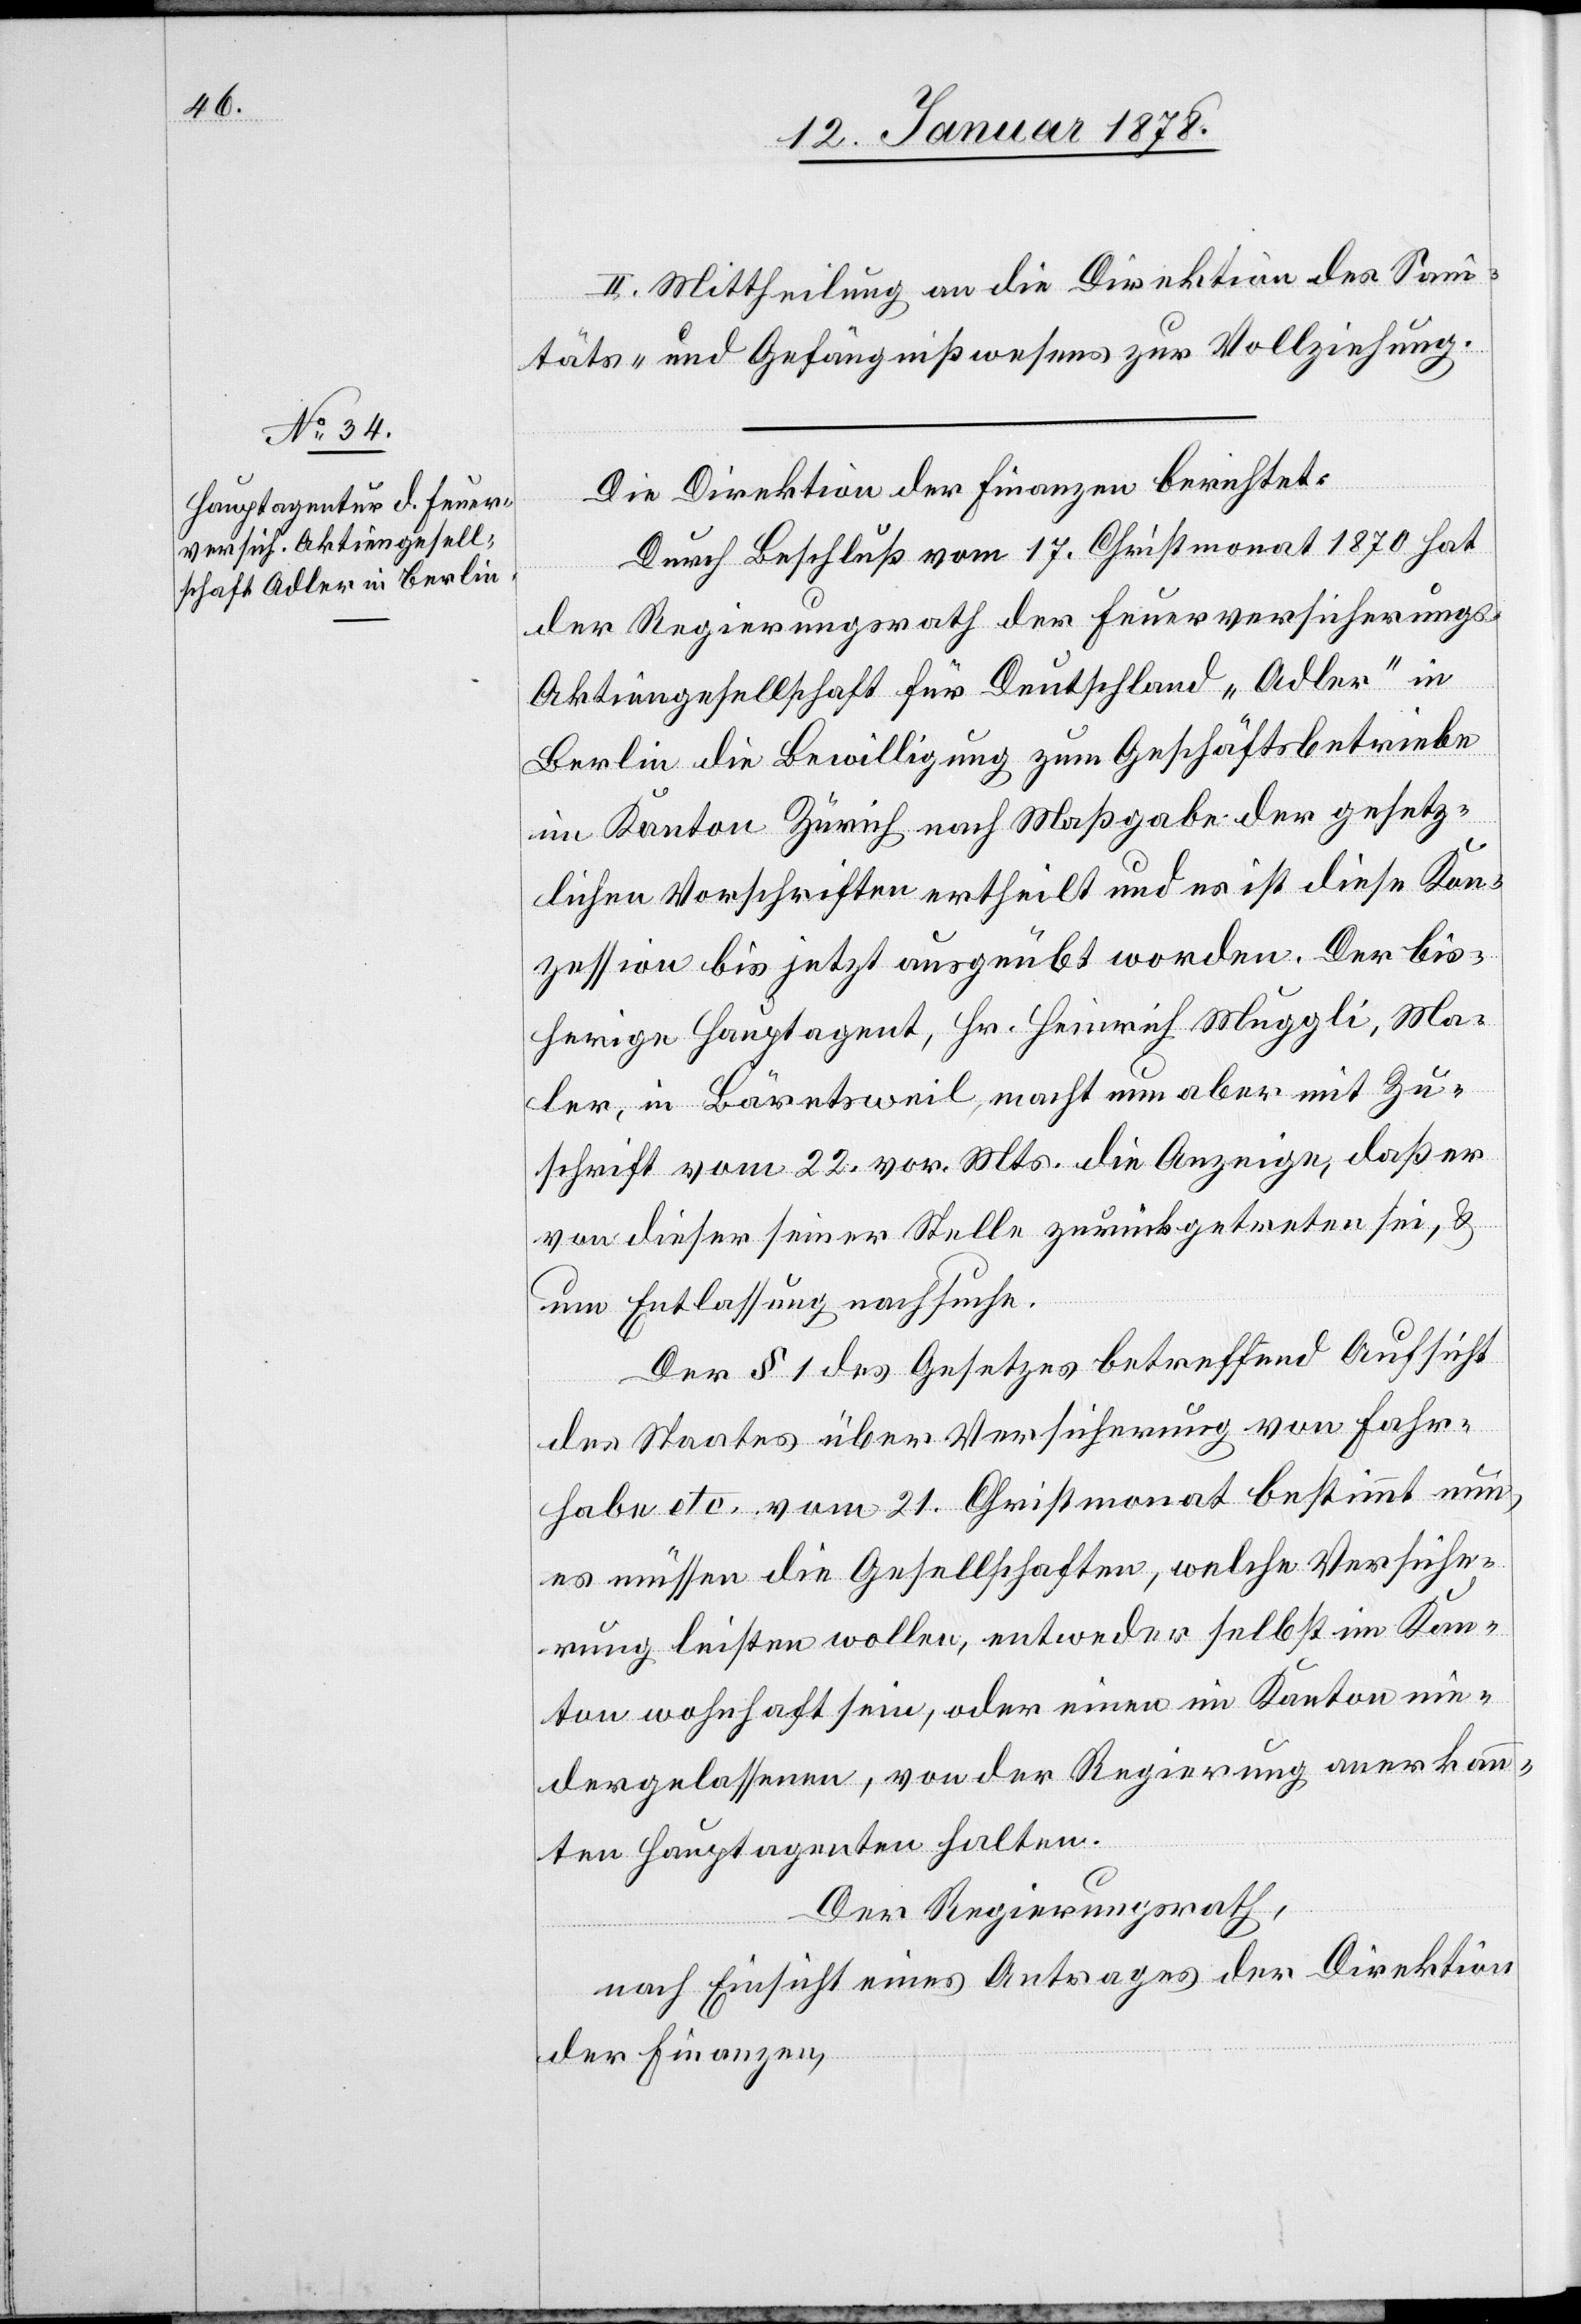
II. Mittheilung an die Direktion des Sani¬
täts- und Gefängnißwesens zur Vollziehung.
Die Direktion der Finanzen berichtet:
Durch Beschluß vom 17. Christmonat 1870 hat
der Regierungsrath der Feuerversicherung¬
s-Aktiengesellschaft für Deutschland „Adler“ in
Berlin die Bewilligung zum Geschäftsbetriebe
im Kanton Zürich nach Maßgabe der gesetz¬
lichen Vorschriften ertheilt und es ist diese Kon¬
zession bis jetzt ausgeübt worden. Der bis¬
herige Hauptagent, Hr. Heinrich Muggli, Ma¬
ler, in Bärentsweil, macht nun aber mit Zu¬
schrift vom 22. vor. Mts. die Anzeige, daß er
von dieser seiner Stelle zurückgetreten sei, &
um Entlassung nachsuche.
Der § 1 des Gesetzes betreffend Aufsicht
des Staates über Versicherung von Fahr¬
habe etc. vom 21. Christmonat bestimmt nun,
es müssen die Gesellschaften, welche Versiche¬
rung leisten wollen, entweder selbst im Kan¬
ton wohnhaft sein, oder einen im Kanton nie¬
dergelassenen, von der Regierung anerkann¬
ten Hauptagenten halten.
Der Regierungsrath,
nach Einsicht eines Antrages der Direktion
der Finanzen,